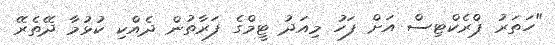
"ހަތަރު ޕްރެކްޓިސް އަށް ފަހު މިއަދު ޓީމްގެ ފަރާތުން ދެއްކި ކުޅުމާ ދޭތެރޭ